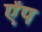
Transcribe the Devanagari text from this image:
ऐंप